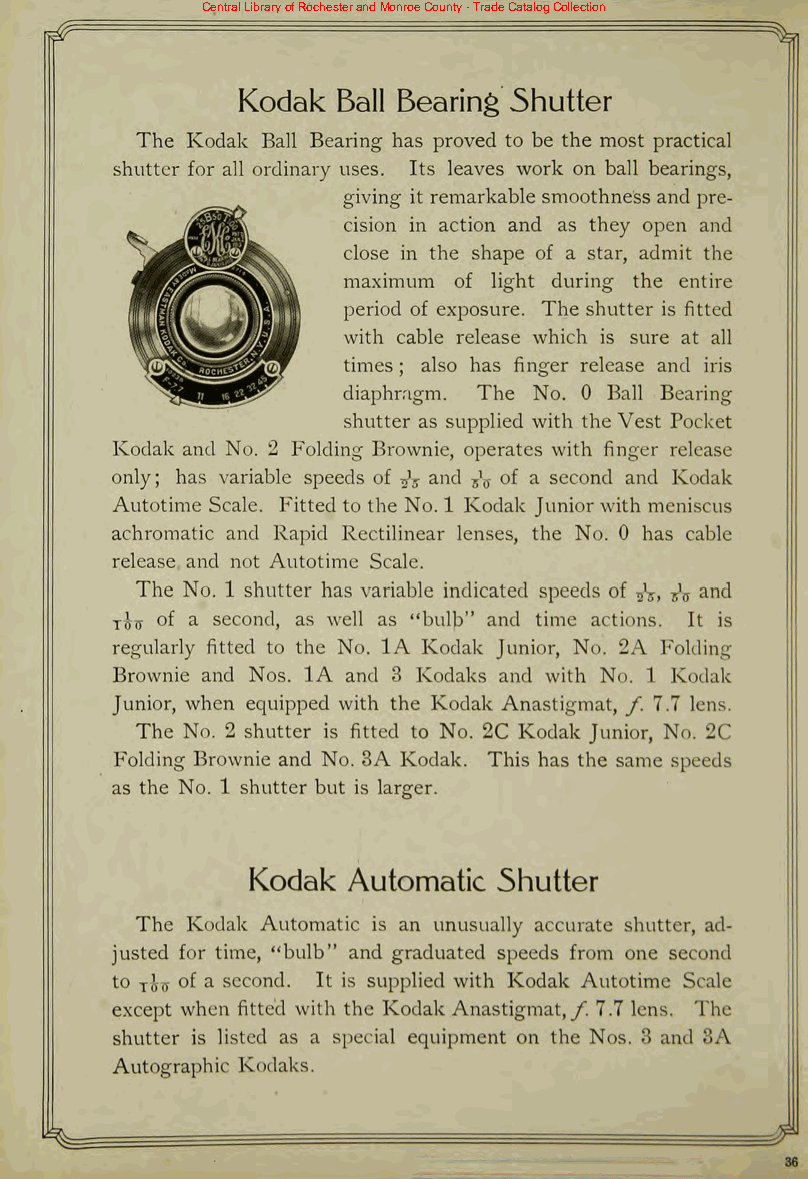
Central Library of Rochester and Monroe County - Trade Catalog Collection
 Kodak Ball Bearing Shutter
 The Kodak Ball Bearing has proved to be the most practical
 shutter for all ordinary uses. Its leaves work on ball bearings,
 giving it remarkable smoothness and pre
 cision in action and as they open and
 close in the shape of a star, admit the
 maximum of light during the entire
 period of exposure. The shutter is fitted
 with cable release which is sure at all
 times ; also has finger release and iris
 diaphragm. The No. 0 Ball Bearing
 shutter as supplied with the Vest Pocket
 Kodak and No. 2 Folding Brownie, operates with finger release
 only; has variable speeds of fa and fa of a second and Kodak
 Autotime Scale. Fitted to the No. 1 Kodak Junior with meniscus
 achromatic and Rapid Rectilinear lenses, the No. 0 has cable
 release and not Autotime Scale.
 The No. 1 shutter has variable indicated speeds of fa, fa and
 y-Jij of a second, as well as "bulb" and time actions. It is
 regularly fitted to the No. 1A Kodak Junior, No. 2A Folding
 Brownie and Nos. 1A and 3 Kodaks and with No. 1 Kodak
 Junior, when equipped with the Kodak Anastigmat, f 7.7 lens.
 The No. 2 shutter is fitted to No. 2C Kodak Junior, No. 2C
 Folding Brownie and No. 3A Kodak. This has the same speeds
 as the No. 1 shutter but is larger.
 Kodak Automatic 5hutter
 The Kodak Automatic is an unusually accurate shutter, ad
 justed for time, "bulb" and graduated speeds from one second
 to jIjs of a second. It is supplied with Kodak Autotime Scale
 except when fitted with the Kodak Anastigmat,/. 7.7 lens. The
 shutter is listed as a special equipment on the Nos. 3 and 3A
 Autographic Kodaks.